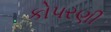
કોપરણી